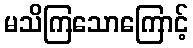
မသိကြသောကြောင့်